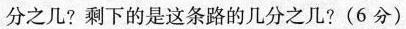
分之几?剩下的是这条路的几分之几?(6分)